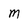
Character: M